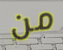
من